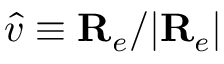
\hat { v } \equiv { \mathbf R } _ { e } / | { \mathbf R } _ { e } |